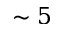
\sim 5